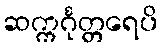
ဆက္ကင်္ဂုတ္တရေပိ